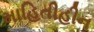
માહિતીહીન